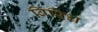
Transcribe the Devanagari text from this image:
विरिध